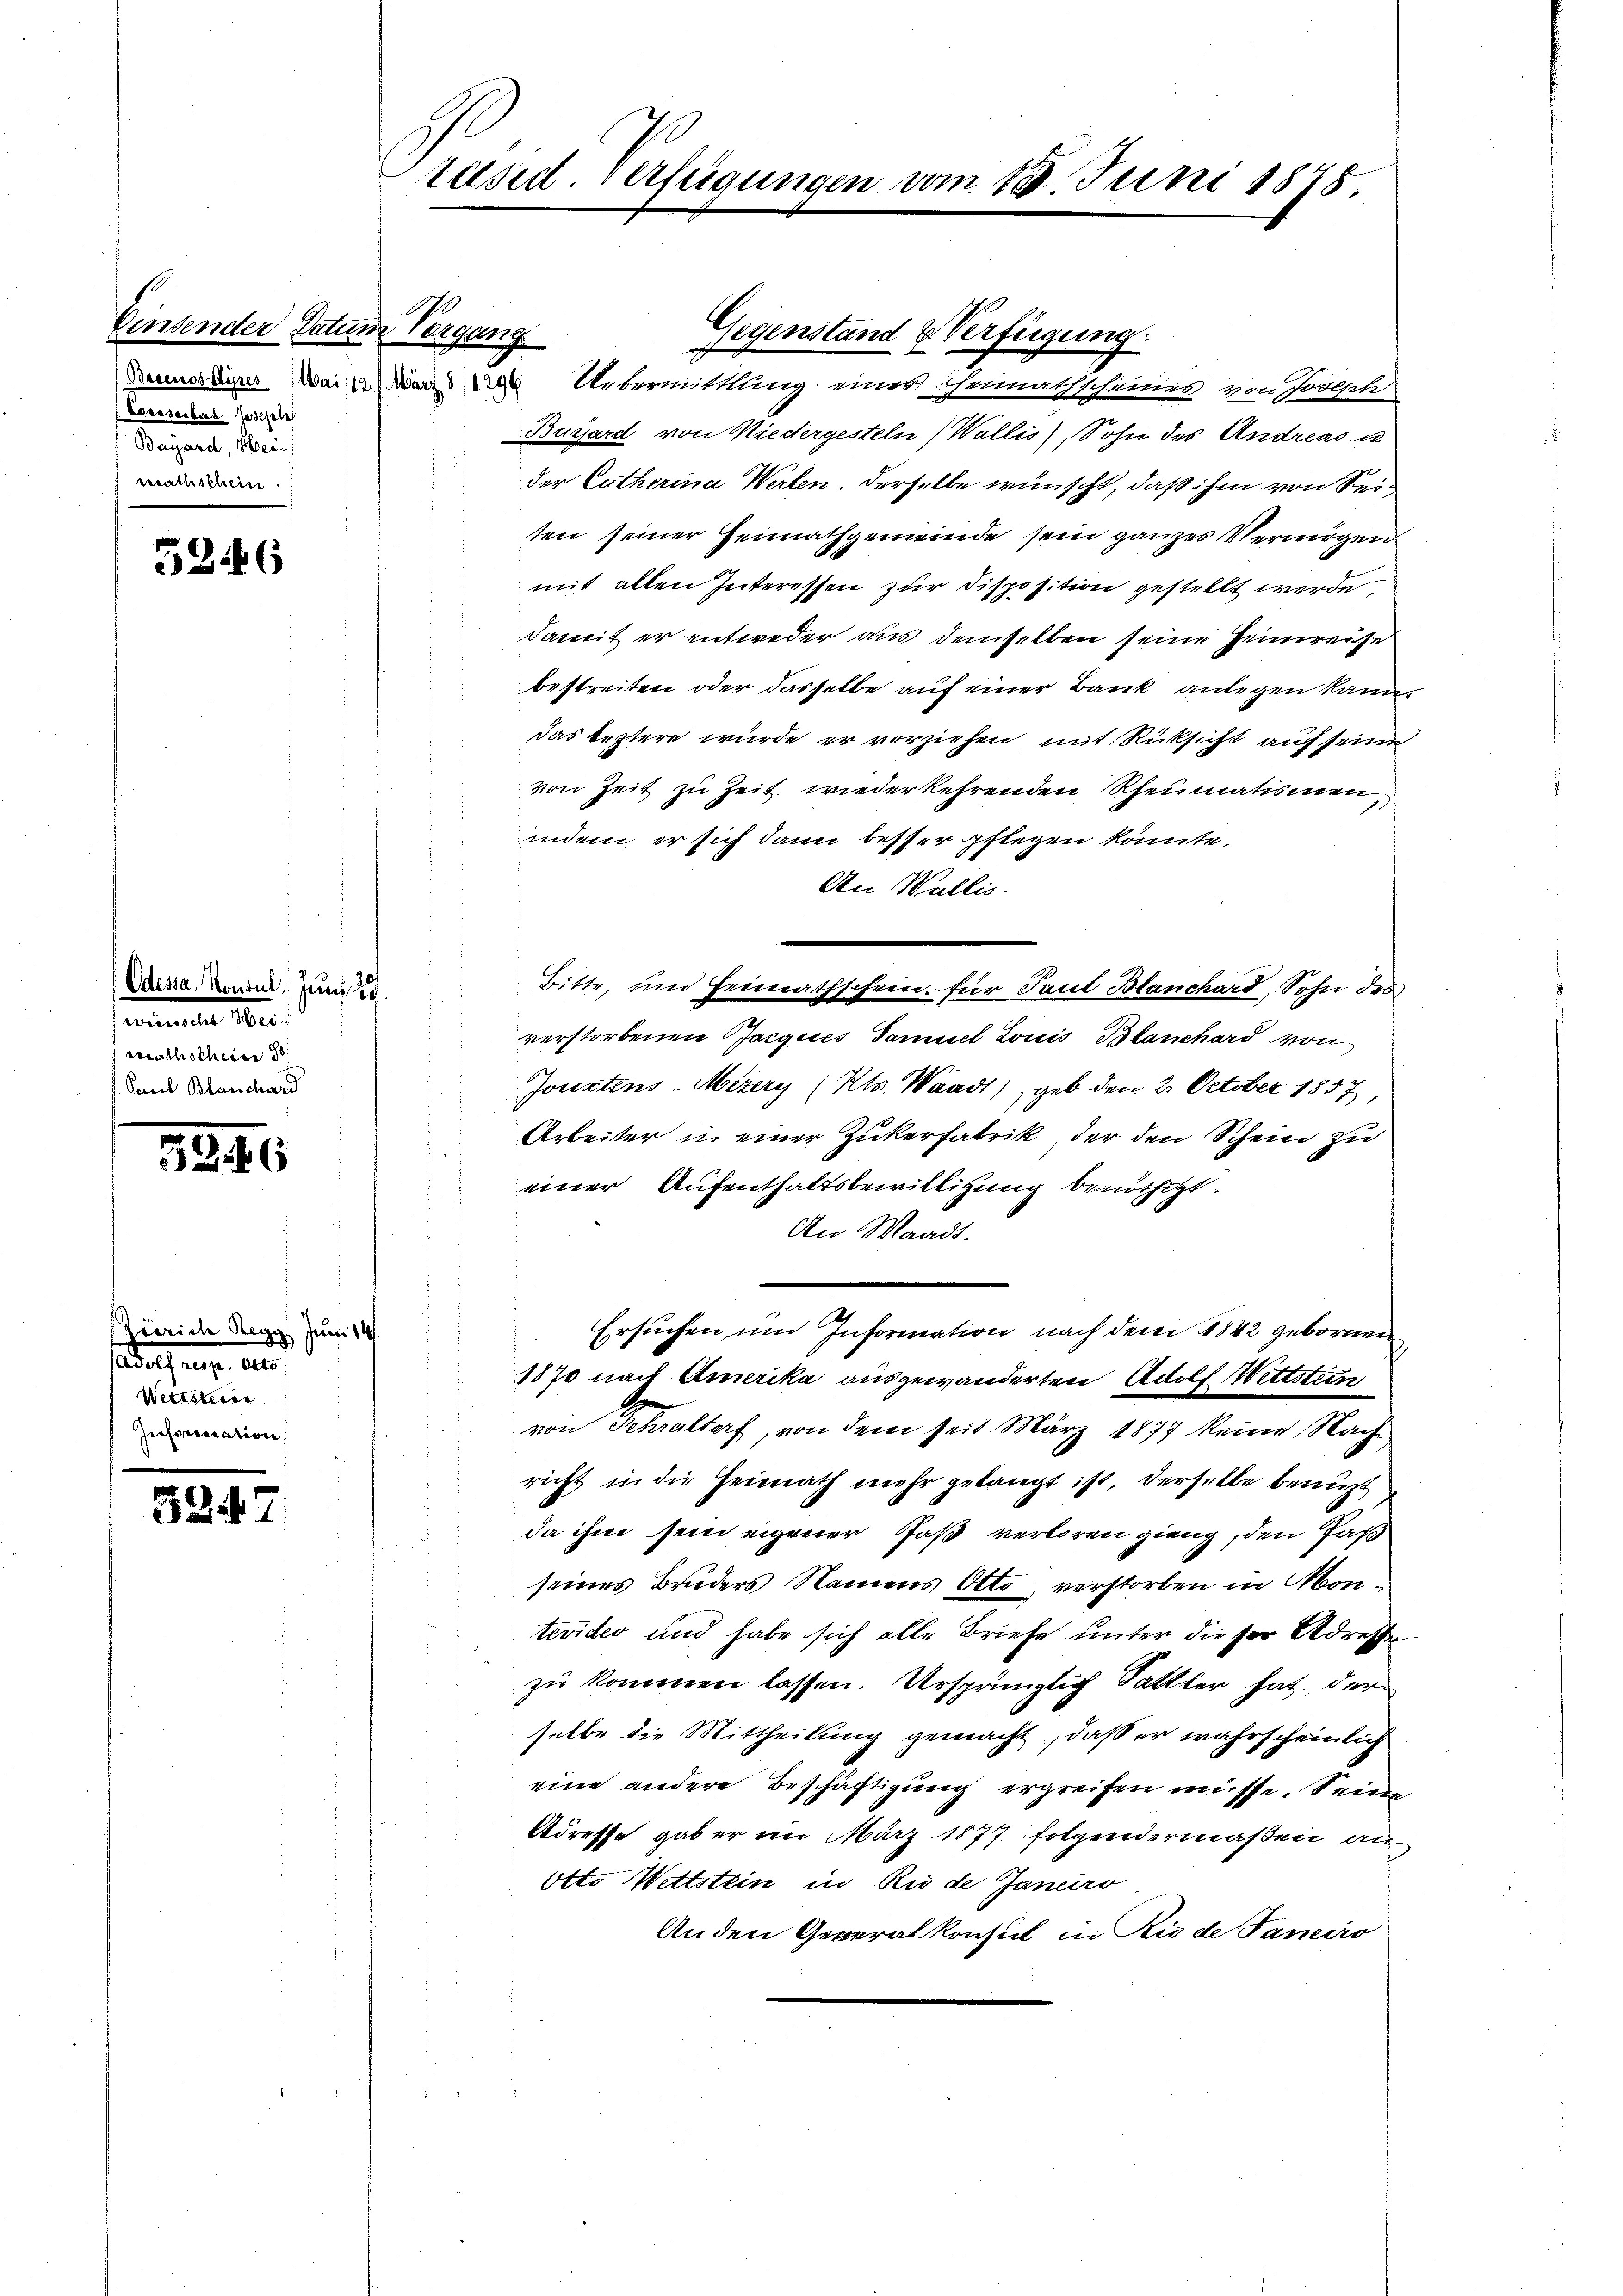
Einsender Datum Vorgang
Coreserbar. Josefeln
Bayard, Mein

5246

Odessa, Kontul, Juni 19
eometer Me
esenthscheine
Pacel Blanchard

5246

Juni 1
zerrich Regg
seder aus der
Wettstein
Iusorisation

3247

Präsid. Verfügungen vom 18. Juni 1878

Beines Eurer Mai der Uebermittlung eines Ehemathscheines von Joseph
Buisard von Niedergesteln (Wallis, Sohn des Andreas u
der Catherina Werten. Derselbe wünscht, daß ihm von Seiten seiner Heimathgemeinde sein ganzes Vermögen
mit allen Interessen zur Disposition gestellt werde.
damit er entweder aus demselben seine Heimreise
bestreiten oder dasselbe auf einer Bank anlegen kann,
das leztere wurde er vorziehen mit Rücksicht auf seine
von Zeit zu Zeit wiederkehrenden Rheumatismen,
indem er sich dann besser pflegen könnte.
An Wallis.
Bitte, und Heimathschein für Paul Blanchard, Sohn des
verstorbenen Jacques Samuel Louis Blanchard von
Jouxtens-Mizery (Kts. Waadt) geb den 2. October 1857
Arbeiter in einer Zukerfabrik, der den Schein zu
einer Aufenthaltsbewilligung benöthigt.
An Waadt.
Ersuchen um Information nach dem 1842 gebornen
1870 nach Amerika ausgewanderten Adolf Wettsten
2
von Sehraltorf, von dem seit März 1877 keine Nach
richt in die Heimath mehr gelangt ist, derselbe benuzt
da ihm sein eigener Faß verloren gieng, den Faß
seines Bruders Namens Otto, verstorben in Montevides und habe sich alle Briefe unter dieser Adresse
zu kommen lassen. Ursprünglich Sattler hat der
selbe die Mittheilung gemacht, daß er wahrscheinlich
eine andere Beschäftigung ergreifen müsse. Seine
Adresse gab er im März 1877 folgendermaßen au
Otto Wettstein in Riede Janeiro
An den Generalkonsul in Rio de Janeiro

Gegenstand & Verfügung.